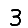
Digit: 3